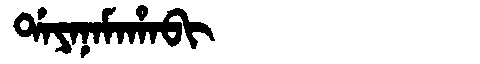
Manchu: ᡩᠠᠶᠠᠨᠠᠮᠠᡥᠠᠪᡳ
Romanization: DAYANAMAHABI